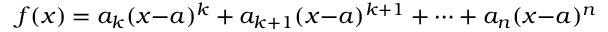
f ( x ) = a _ { k } ( x { - } a ) ^ { k } + a _ { k + 1 } ( x { - } a ) ^ { k + 1 } + \cdots + a _ { n } ( x { - } a ) ^ { n }